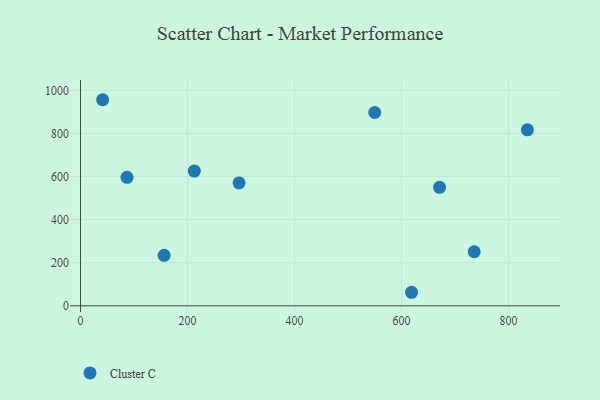
{"axis": {"x": "Speed", "y": "Salary"}, "legend": ["Cluster C"], "data": [{"x": "671.1", "y": 549.7, "type": "Cluster C"}, {"x": "835.3", "y": 817.0, "type": "Cluster C"}, {"x": "618.8", "y": 62.8, "type": "Cluster C"}, {"x": "87.0", "y": 596.3, "type": "Cluster C"}, {"x": "212.8", "y": 625.4, "type": "Cluster C"}, {"x": "156.4", "y": 234.3, "type": "Cluster C"}, {"x": "735.9", "y": 250.8, "type": "Cluster C"}, {"x": "41.4", "y": 956.5, "type": "Cluster C"}, {"x": "550.0", "y": 897.3, "type": "Cluster C"}, {"x": "296.4", "y": 570.4, "type": "Cluster C"}]}